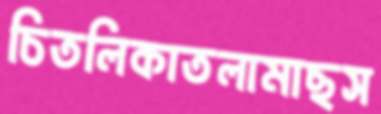
চিতলিকাতলামাছস